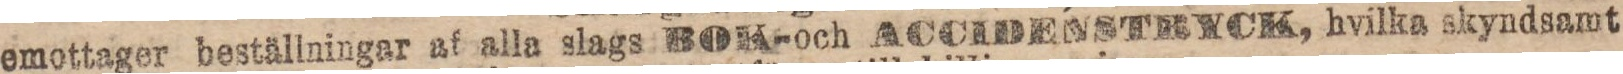
emottager beställningar af alla slags BOK-och ACCIDENSTRYCK, hvilka skyndsamt